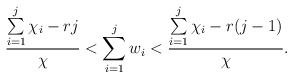
\begin{align*}\frac{\sum\limits _{i=1}^j\chi_i - rj}{\chi} < \sum\limits_{i=1}^{j}w_i < \frac{\sum\limits_{i=1}^j\chi_i - r(j-1)}{\chi}.\end{align*}